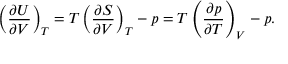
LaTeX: \left( { \frac { \partial U } { \partial V } } \right) _ { T } = T \left( { \frac { \partial S } { \partial V } } \right) _ { T } - p = T \left( { \frac { \partial p } { \partial T } } \right) _ { V } - p .